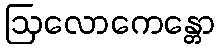
ဩလောကေန္တော